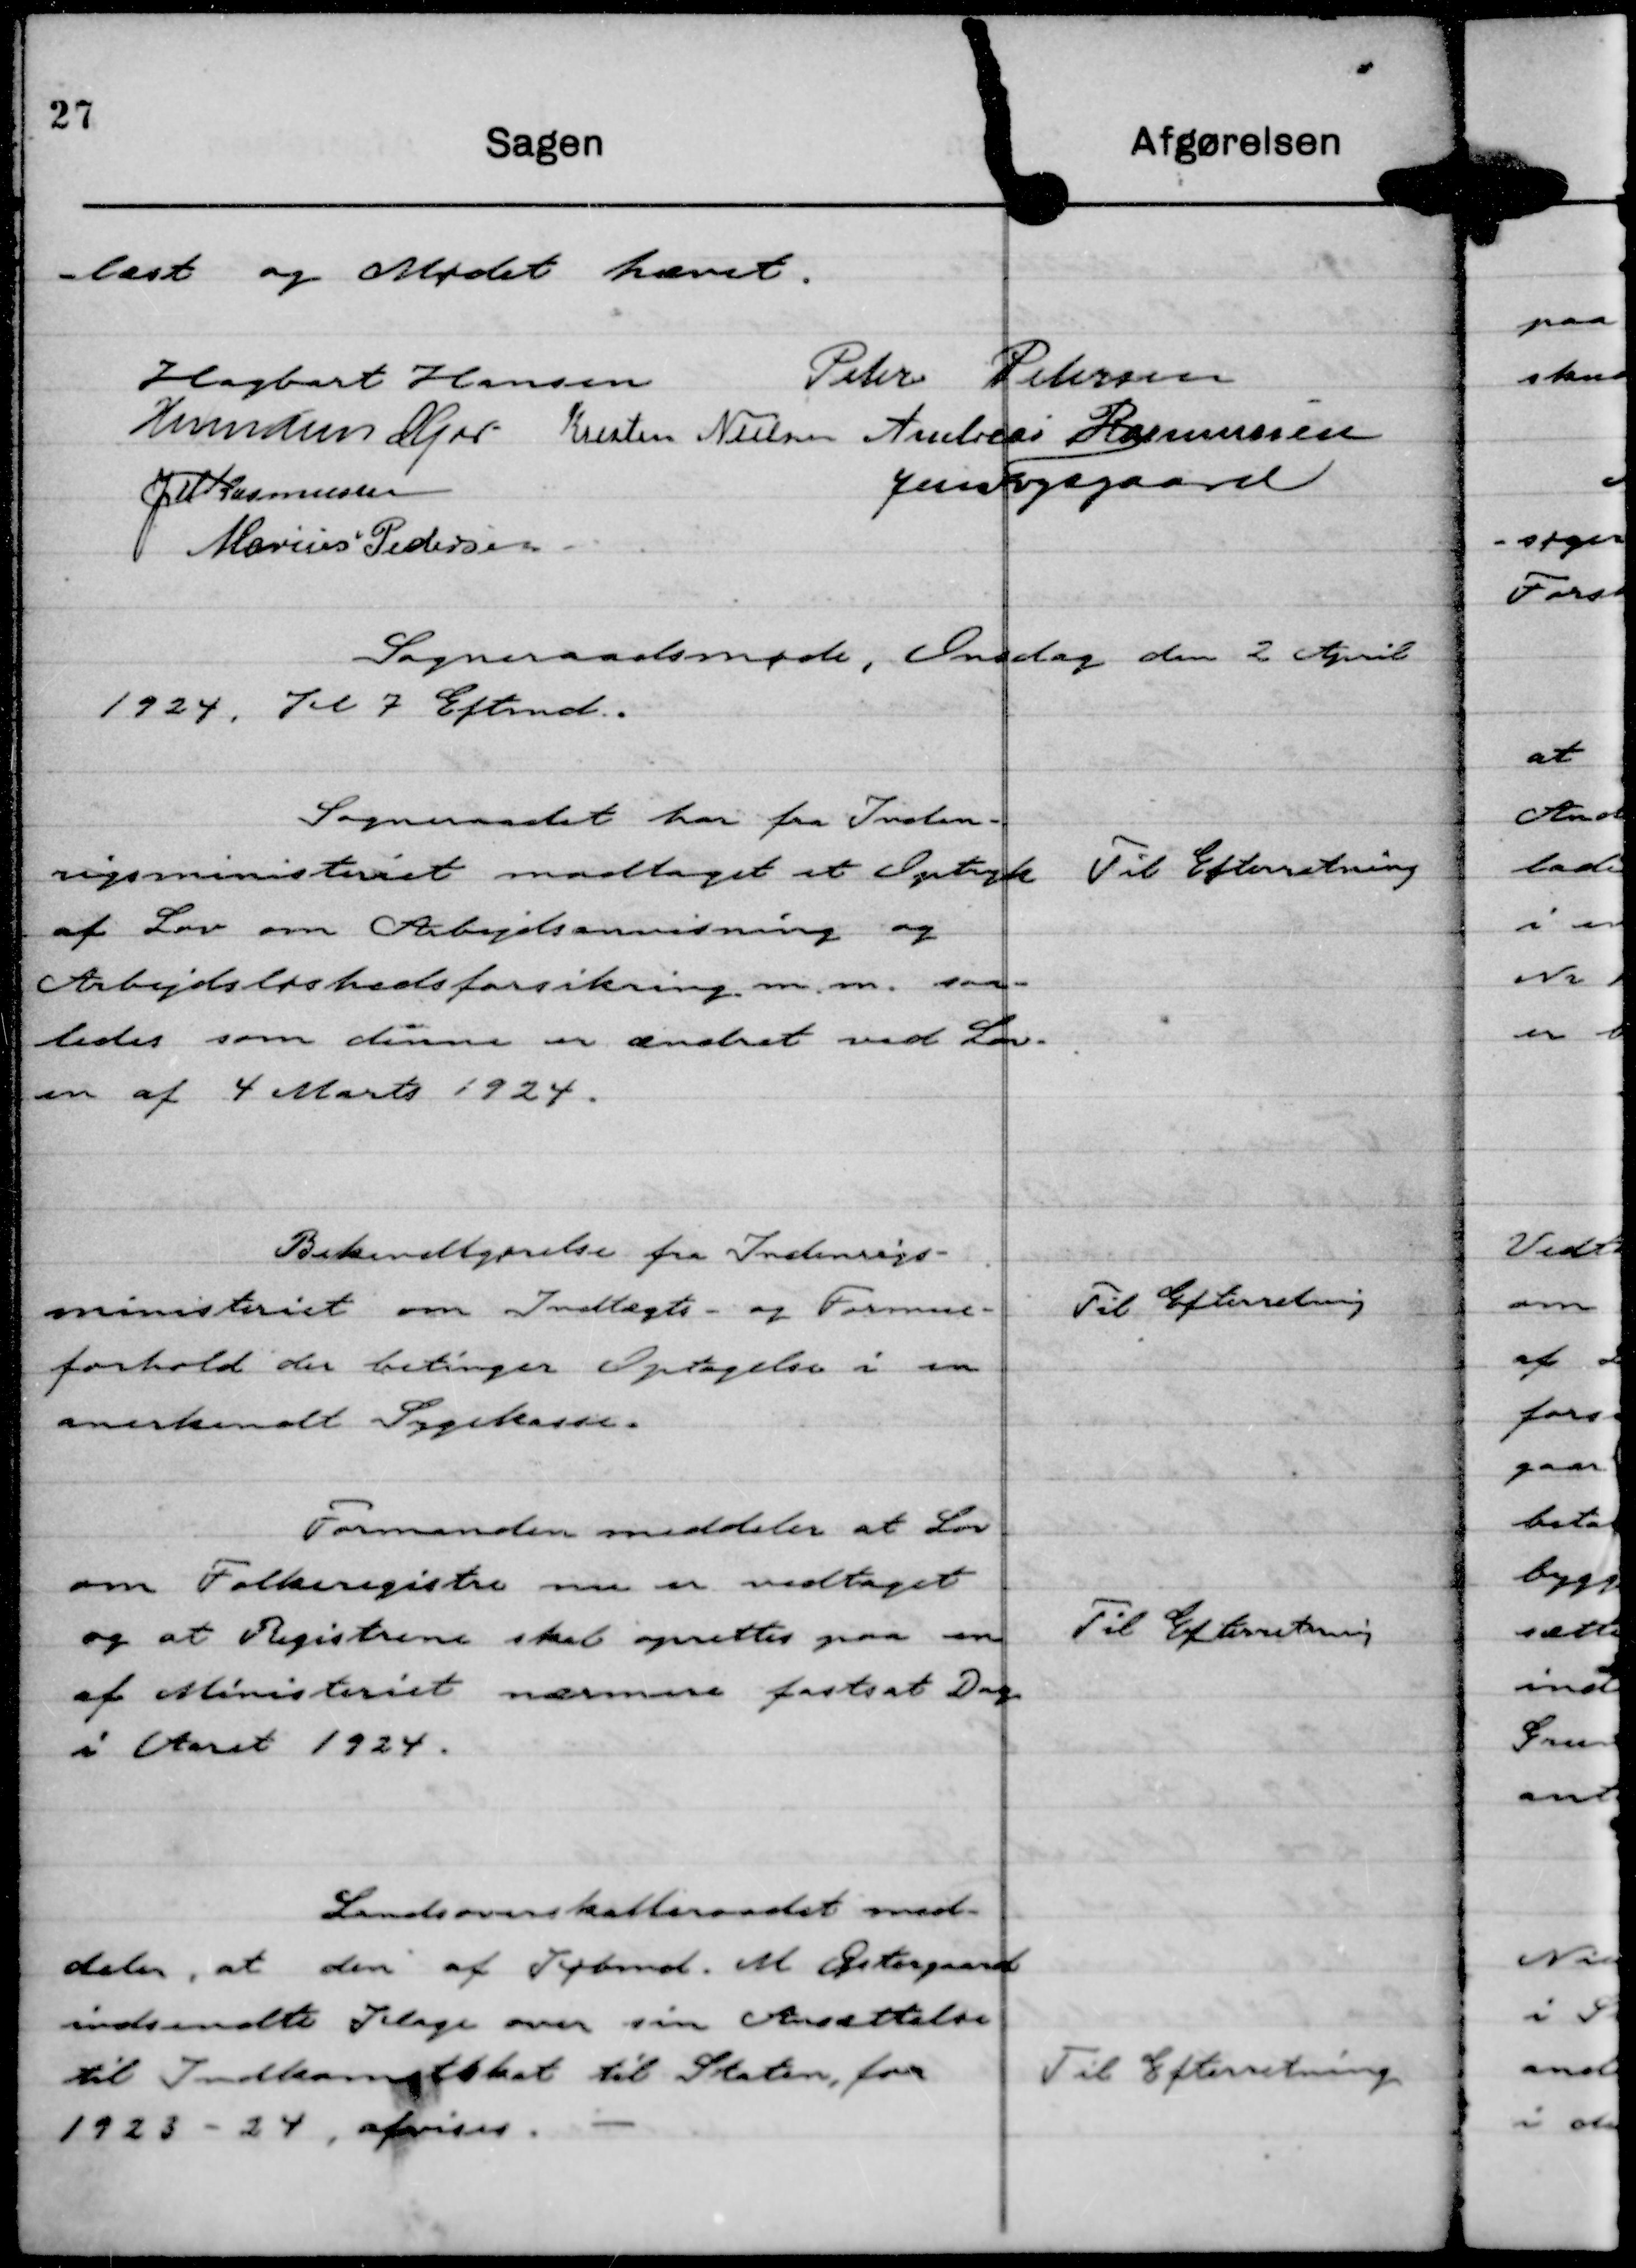
Transskription:
læst og Mødet hævet.

Hagbart Hansen
Peter Petersen
Hermann Kjær
Kresten Nielsen
Andreas Rasmussen
JM Rasmussen
Jens Fogsgaard
Marius Pedersen

Sogneraadsmøde, Onsdag den 2 April
1924 Kl 7 Eftermd.

Sogneraadet har fra Inden-
rigsministeriet modtaget et Optryk
af Lov om Arbejdsanvisning og
Arbejdsløshedsforsikring m. m. saa-
ledes som disse er ændret ved Lov-
en af 4 Marts 1924.

Til Efterretning

Bekendtgørelse fra Indenrigs-
ministeriet om Indtægts- og Formue-
forhold der betinger Optagelse i en
anerkendt Sygekasse.

Til Efterretning

Formanden meddeler at Lov
om Folkeregistre nu er vedtaget
og at Registrene skal oprettes paa en
af Ministeriet nærmere fastsat Dag
i Aaret 1924.

Til Efterretning

Landsoverskatteraadet med-
deler, at den af Købmd. M Østergaard
indsendte Klage over sin Ansættelse
til Indkomstskat til Staten for
1923 - 24, afvises.

Til Efterretning